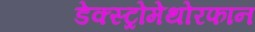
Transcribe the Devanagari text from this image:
डेक्स्ट्रोमेथोरफान